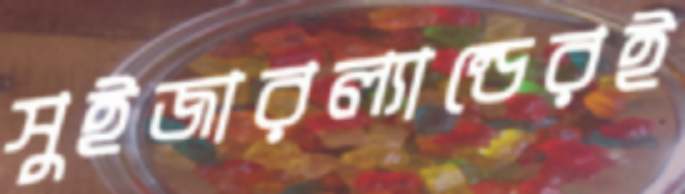
সুইজারল্যান্ডেরই